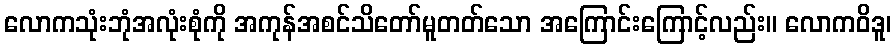
လောကသုံးဘုံအလုံးစုံကို အကုန်အစင်သိတော်မူတတ်သော အကြောင်းကြောင့်လည်း။ လောကဝိဒူ၊